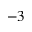
^ { - 3 }